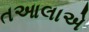
તઆલાએ